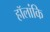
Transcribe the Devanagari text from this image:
हॉलांकि